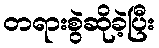
တရားစွဲဆိုခဲ့ပြီး